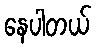
နေပါတယ်